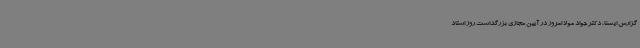
گزارش ایسنا، دکتر جواد مولا امروز در آیین مجازی بزرگداشت روز استاد